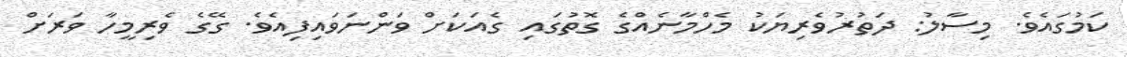
ކަމުގައެވެ. މިސާލު: ދަތުރުވެރިޔަކު މެހްމާނެއްގެ ގޮތުގައި ގެއަކަށް ވަންނަވައިފިއެވެ. ގޭގެ ވެރިމީހާ ވަރަށް